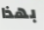
بهذا